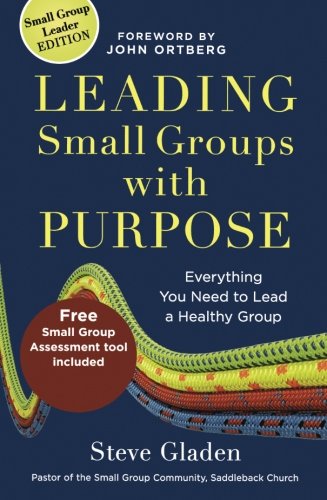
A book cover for Leading Small Groups with Purpose: Everything You Need to Lead a Healthy Group; Steve Gladen; Christian Books & Bibles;